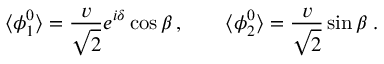
\langle \phi _ { 1 } ^ { 0 } \rangle = \frac { v } { \sqrt { 2 } } e ^ { i \delta } \cos \beta \, , \quad \quad \langle \phi _ { 2 } ^ { 0 } \rangle = \frac { v } { \sqrt { 2 } } \sin \beta \; .